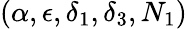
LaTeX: (\alpha,\epsilon,\delta_{1},\delta_{3},N_{1})